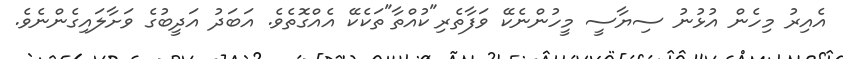
އެއިރު މިހެން އުޅުނު ސިޔާސީ މީހުންނެކޭ ވަފާތެރި"ކުއްތާ"ތަކެކޭ އެއްގޮތެވެ. އަބަދު އަދީބުގެ ވަށާލައިގެންނެވެ.